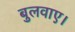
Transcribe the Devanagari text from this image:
बुलवाए।